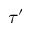
\tau ^ { \prime }